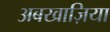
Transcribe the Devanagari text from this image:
अबखाज़िया